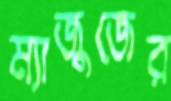
ম্যাজুজের